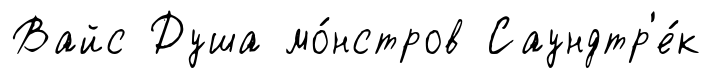
Вайс Душа мо́нстров Саундтр'е́к